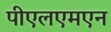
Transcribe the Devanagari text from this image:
पीएलएमएन